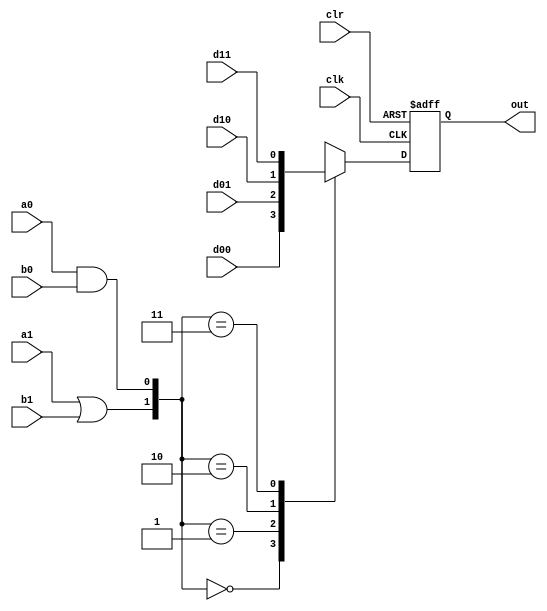
module Actel_S2(d00, d01, d10, d11, a1, b1, a0, b0, clr, clk, out);

    input wire[0:0] d00, d01, d10, d11, a1, b1, a0, b0, clr, clk;
    output reg[0:0] out;

    wire[0:0] s0 = a0 & b0;
    wire[0:0] s1 = a1 | b1;
    wire[1:0] sel = {s1, s0};

    always @(posedge clk, posedge clr) begin
        if(clr) begin 
            out <= 0;
        end
        else begin
            case(sel)
                2'b00 : out <= d00;
                2'b01 : out <= d01;
                2'b10 : out <= d10;
                2'b11 : out <= d11;
            endcase
        end
    end

endmodule